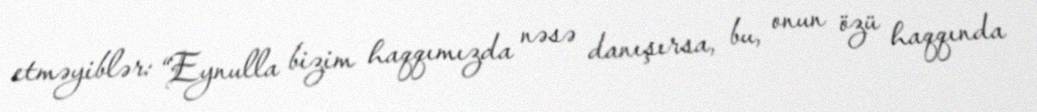
etməyiblər: “Eynulla bizim haqqımızda nəsə danışırsa, bu, onun özü haqqında